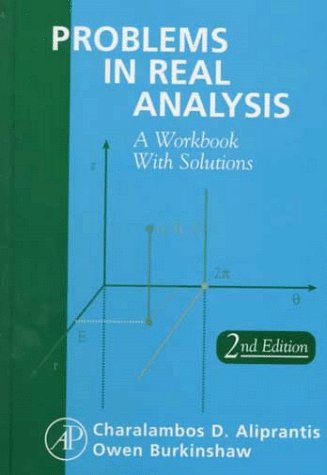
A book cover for Problems in Real Analysis, Second Edition; Charalambos D. Aliprantis; Science & Math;